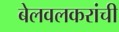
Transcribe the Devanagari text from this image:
बेलवलकरांची